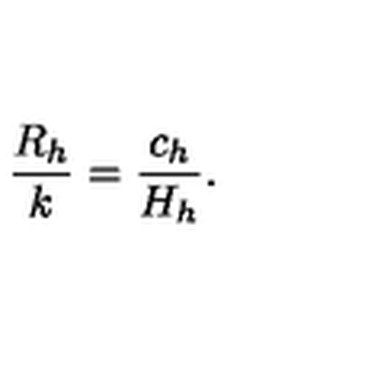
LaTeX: \frac { R _ { h } } { k } = \frac { c _ { h } } { H _ { h } } .